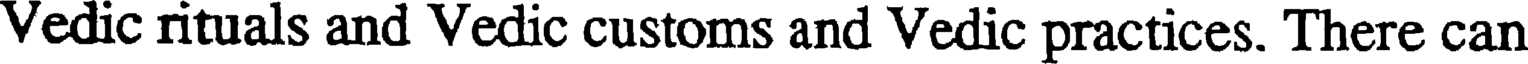
Vedic rituals and Vedic customs and Vedic practices. There can